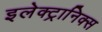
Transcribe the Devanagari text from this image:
इलेक्ट्रानिक्स